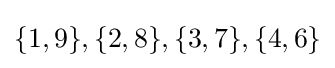
\{1,9\},\{2,8\},\{3,7\},\{4,6\}